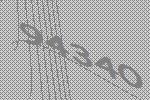
94340